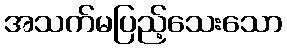
အသက်မပြည့်သေးသော